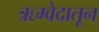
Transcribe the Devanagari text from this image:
ऋग्वेदातून